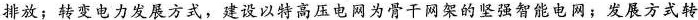
排放；转变电力发展方式，建设以特高压电网为骨干网架的坚强智能电网；发展方式转